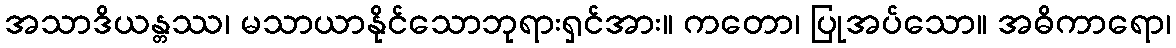
အသာဒိယန္တဿ၊ မသာယာနိုင်သောဘုရားရှင်အား။ ကတော၊ ပြုအပ်သော။ အဓိကာရော၊